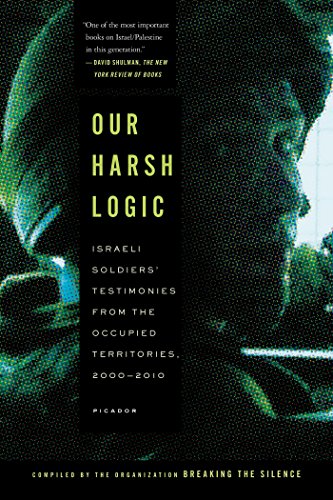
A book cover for Our Harsh Logic: Israeli Soldiers' Testimonies from the Occupied Territories, 2000-2010; Breaking the Silence; Law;